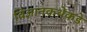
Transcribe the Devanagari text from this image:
विज्ञानकथेकडे